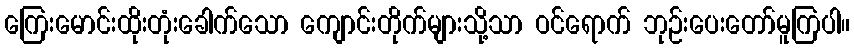
ကြေးမောင်းထိုးတုံးခေါက်သော ကျောင်းတိုက်များသို့သာ ဝင်ရောက် ဘုဉ်းပေးတော်မူကြပါ။